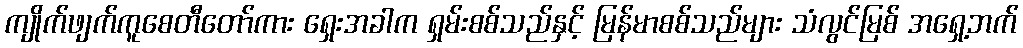
ကျိုက်ဖျက်ကူစေတီတော်ကား ရှေးအခါက ရှမ်းစစ်သည်နှင့် မြန်မာစစ်သည်များ သံလွင်မြစ် အရှေ့ဘက်